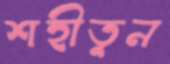
শহীতুন